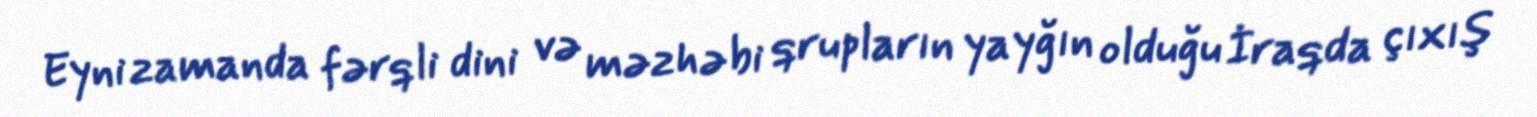
Eyni zamanda fərqli dini və məzhəbi qrupların yayğın olduğu İraqda çıxış